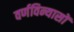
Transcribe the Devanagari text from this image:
वर्णविन्यासों